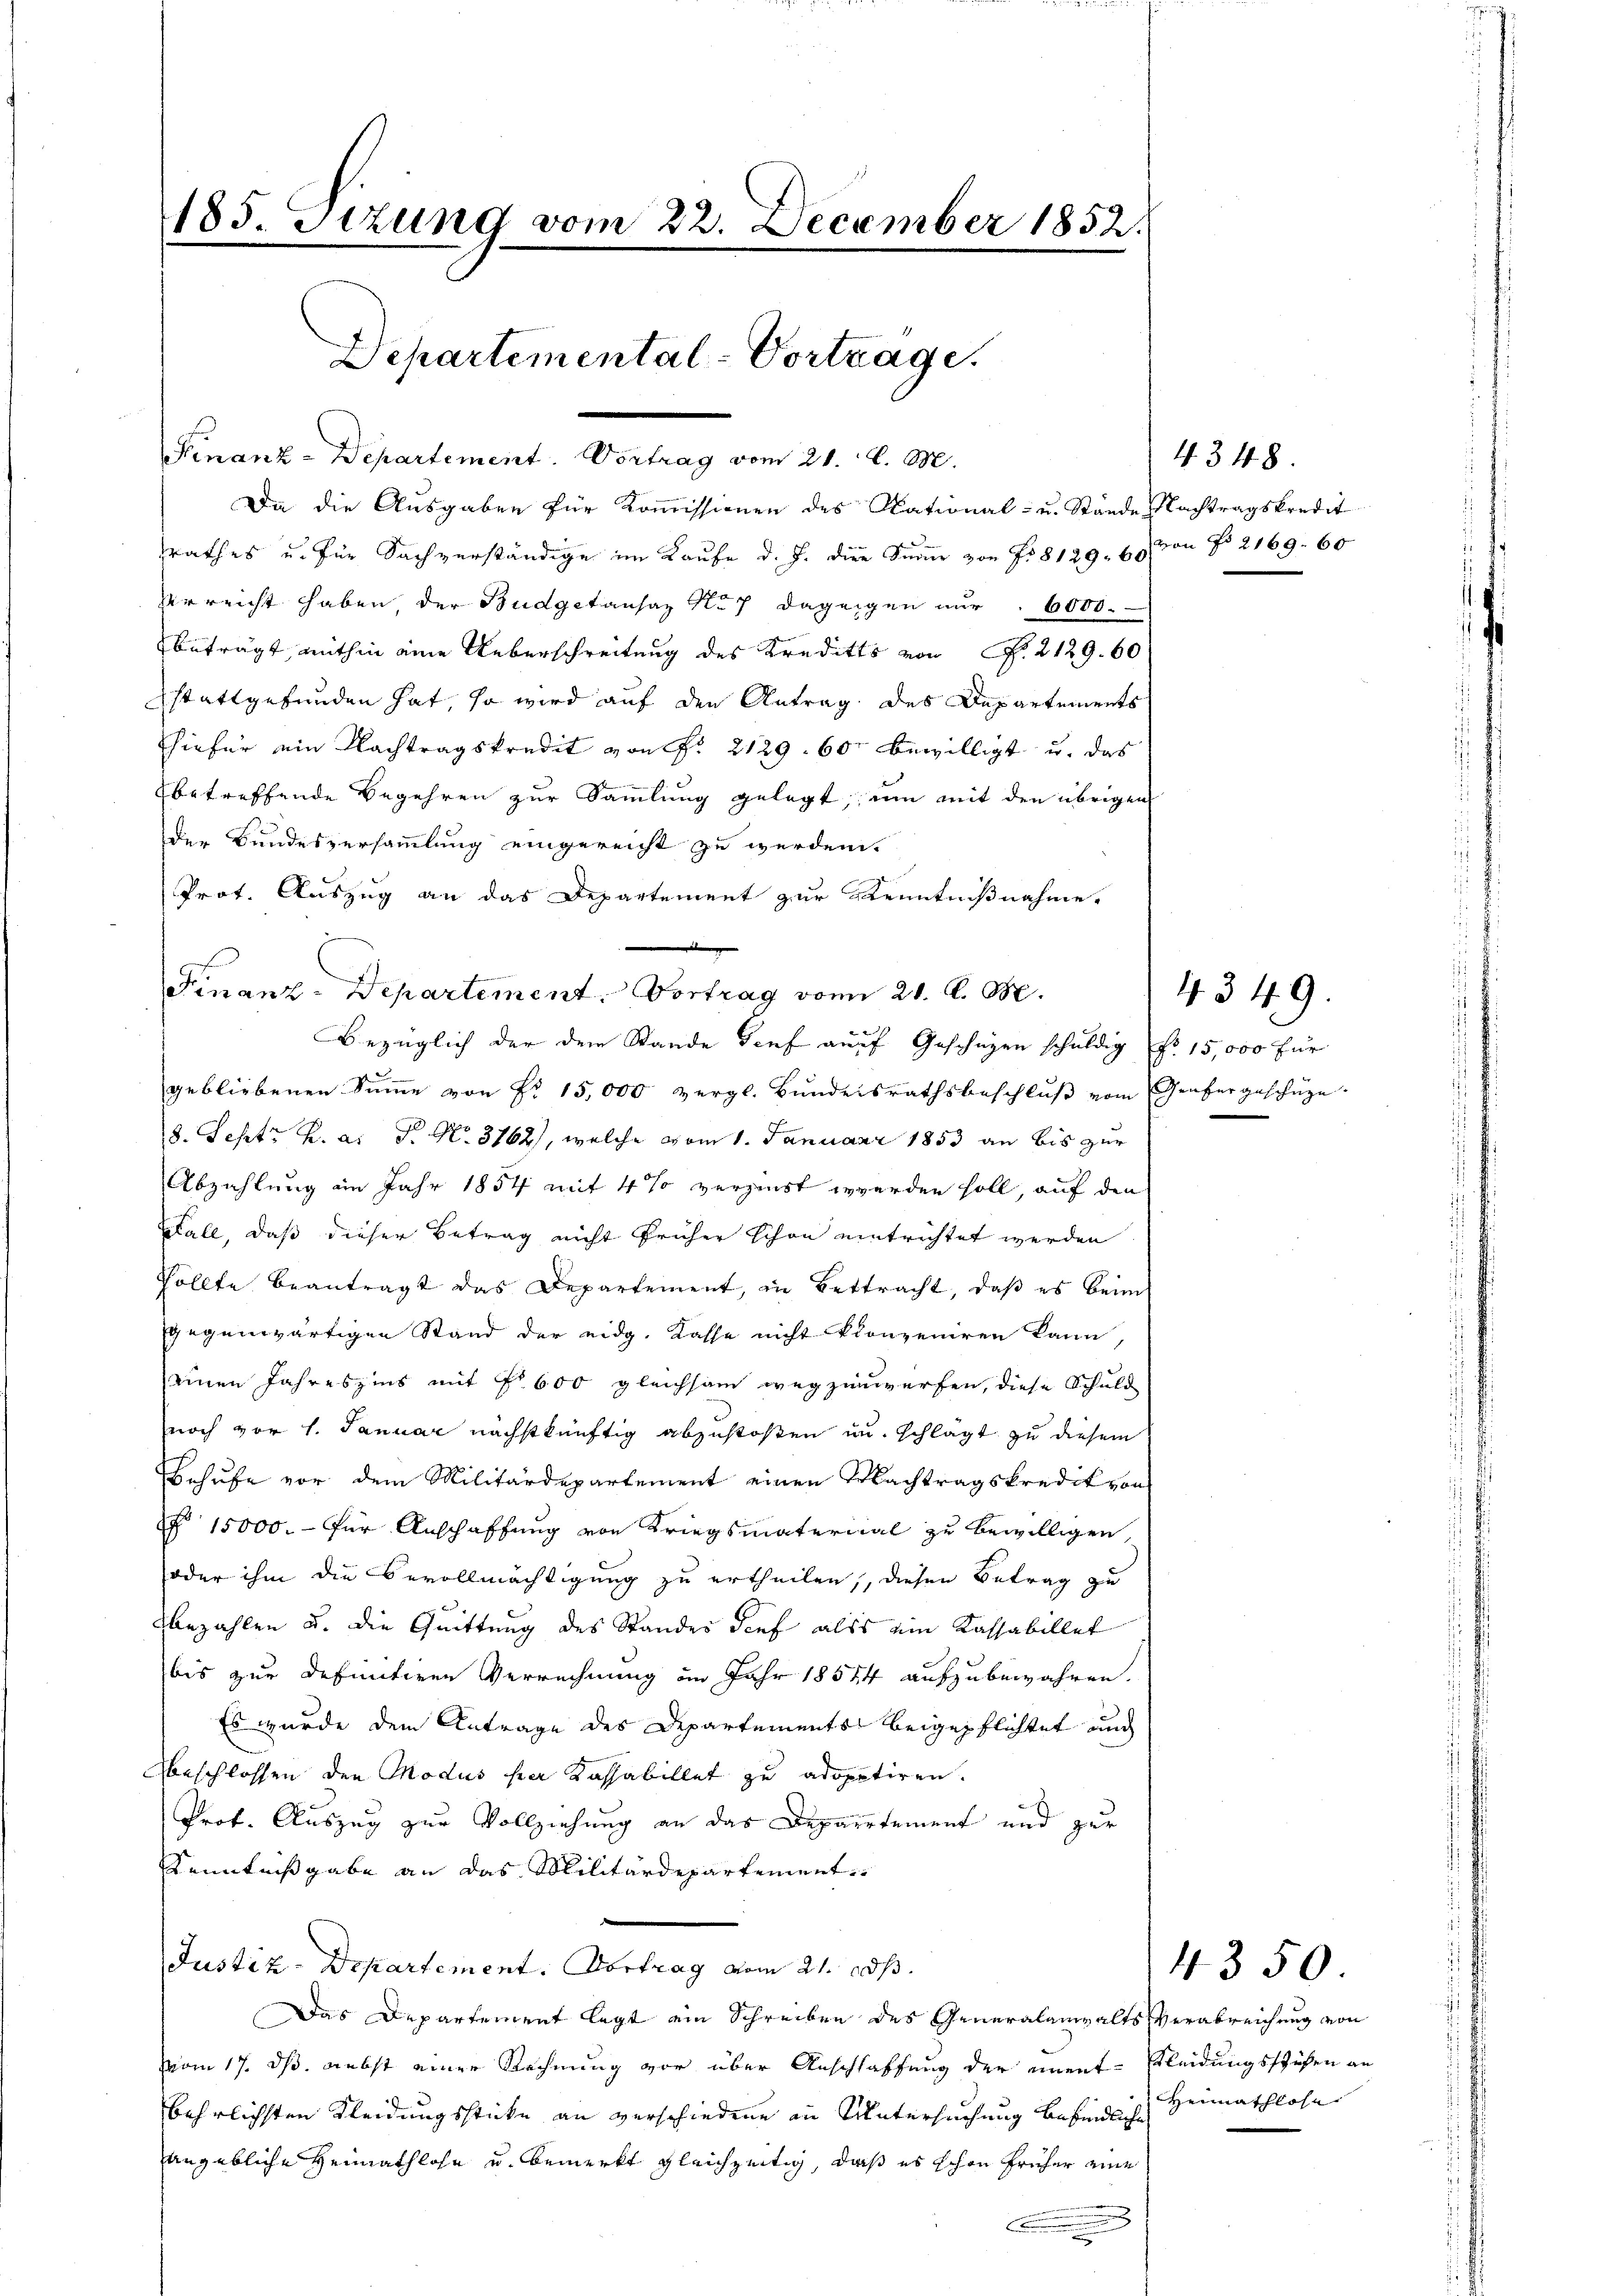
185. Sitzung vom 22. December 1852.
Departemental-Vortrage.

Finanz-Departement. Vortrag vom 21. d. M.
Da die Ausgaben für Kommissionen des National- u. Stände Nachtragskredit
rathes u. für Sachverständige im Kaufe d. J. die Summe von No 8129. 65 von No 2169. 60
verreicht haben, der Budgetansaz Nu7 dagegen nur 6000.
beträgt, mithin eine Ueberschreitung des Kredits von Nr. 2129. 60
stattgefunden hat, so wird auf den Antrag des Departements
hiefür ein Nachtragskredit von f. 2129. 60 bewilligt u. das
betreffende Begehren zur Sammlung gelegt, um mit den übrigen
der Bundesversammlung eingereicht zu werden.
Prot. Auszug an das Departement zur Kenntnißnahme.
gebliebenen Sŭṁe von Fr. 15,000 vergl. Bŭndesrathsbeschlŭβ vom Genfergeschüze.
8. Septr K. a. P. Nr. 3762), welche vom 1. Januar 1853 an bis zur
Abzahlung im Jahr 1854 mit 4 % verzenst werden soll, auf den
Stall, daß dieser Betrag nicht früher schon eintrichtet werden
Sollte beantragt das Departement, in Bettracht, daβ es beim
gegenwärtigen Stand der eidg. Kasse nicht konzeniren kann
seinen Jahreszins mit § 600 gleichsam wegzunwerfen, diese Schuld
noch vor 1. Januar nächstkünftig abzustoßen in schlägt zu diesem
Behufe vor dem Militärdepartement einen Nachtragskredit von
§ 15000.- für Anschaffung von Kriegsmaterial zu bewilligen,
oder ihm die Bevollmächtigung zu ertheilen, diesen Betrag zu
bezahlen u. die Quittung des Standes Tief als ein Kassabillet
bis zur Definitiven Verrechnung im Jahr 18544 auszubewahren.
Es wurde dem Antrage des Departements beigepflichtet auch
beschlossen den Modus hier Kassabillet zu adoptiren.
Prof. Auszug zur Vollziehung an das Departement und zur
Kenntnißgabe an das Militärdepartement
Justiz-Departement. Vortrag vom 21. ds.
Das Departement legt ein Schreiben des Generalanwalts Verabreichung von
vom 17. dß. nebst einer Rechnung vor über Anschlaffung der unent-Kleidungsstufen an
behrlichsten Kleidungssticke an verschiedene in Untersuchung befindliche
angebliche Heimathlohn u. bemerkt gleichzeitig, daß es schon früher eine
n
x
.

.
Finanz-Departement. Vortrag vom 21. A. M.
Bezüglich der dem Stande Senf auf Geschäzen schuldig No 15,000 für

4348.

4349.

Heimathlose

4350